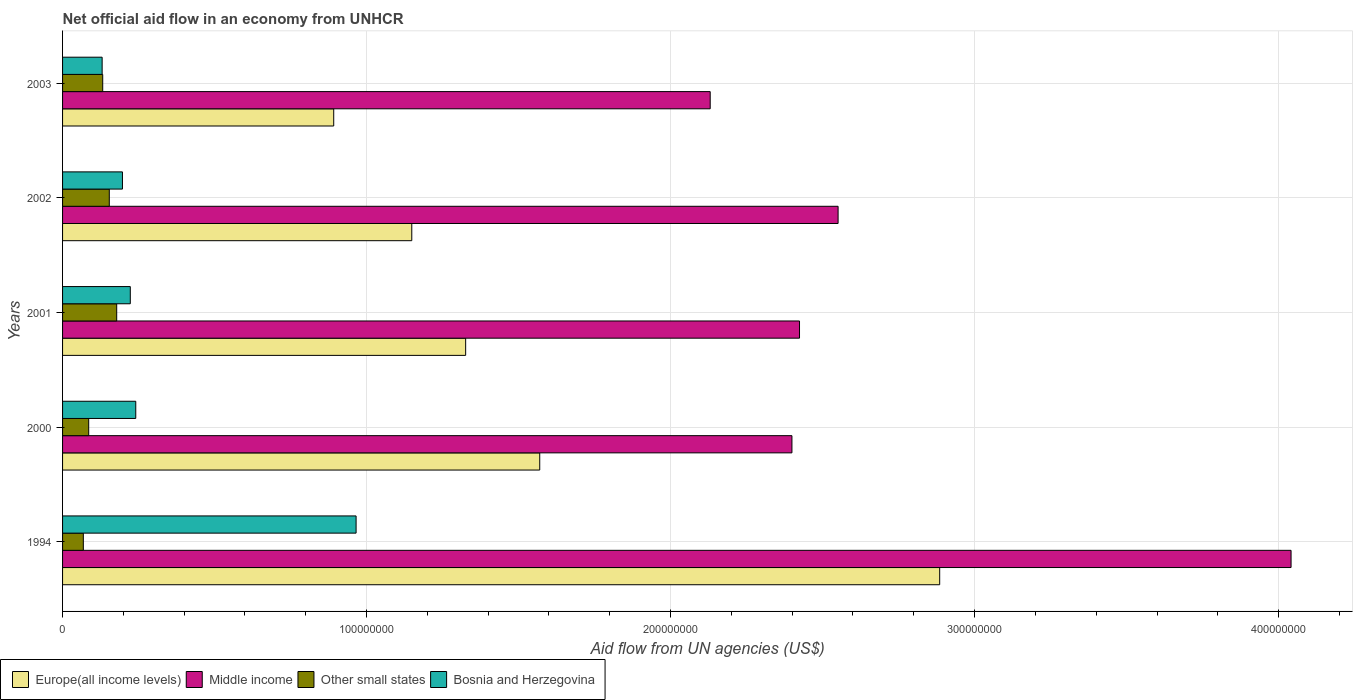
| Years | Europe(all income levels) | Middle income | Other small states | Bosnia and Herzegovina |
 | --- | --- | --- | --- | --- |
 | 1994 | 2.89e+08 | 4.04e+08 | 6.83e+06 | 9.66e+07 |
 | 2000 | 1.57e+08 | 2.4e+08 | 8.6e+06 | 2.41e+07 |
 | 2001 | 1.33e+08 | 2.42e+08 | 1.78e+07 | 2.23e+07 |
 | 2002 | 1.15e+08 | 2.55e+08 | 1.54e+07 | 1.97e+07 |
 | 2003 | 8.92e+07 | 2.13e+08 | 1.32e+07 | 1.3e+07 |